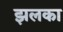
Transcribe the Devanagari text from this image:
झलका